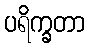
ပရိက္ခတာ